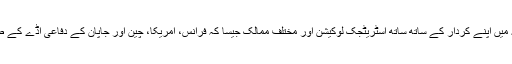
جس کے بدلے میں جمہوریہ جبوتی نے صومالیہ میں اپنے کردار کے ساتھ ساتھ اسٹریٹجک لوکیشن اور مختلف ممالک جیسا کہ فرانس، امریکا، چین اور جاپان کے دفاعی اڈے کے طور پر غیر معمولی کردار سے متعلق باور کرایا۔